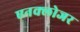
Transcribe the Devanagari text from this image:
एनक्लोजर